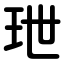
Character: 玴